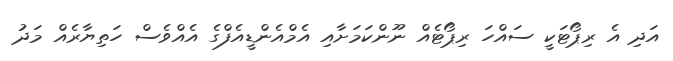
އަދި އެ ރިޕޯޓަކީ ސައްހަ ރިޕޯޓެއް ނޫންކަމަށާއި އެމްއެންޑީއެފްގެ އެއްވެސް ހަތިޔާރެއް މަދު